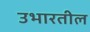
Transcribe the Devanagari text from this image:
उभारतील